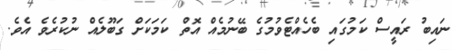
ނައިބު ރައީސް ކަމުގައި ބެހެއްޓެވުމުގެ ބޭނުމެއް އޮތް ކަަމަކަށް ގަބޫލެއް ނުކުރެވެ އެވެ.